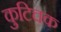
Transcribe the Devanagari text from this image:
कुटिचक